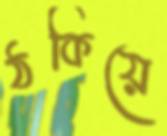
ঠকিয়ে